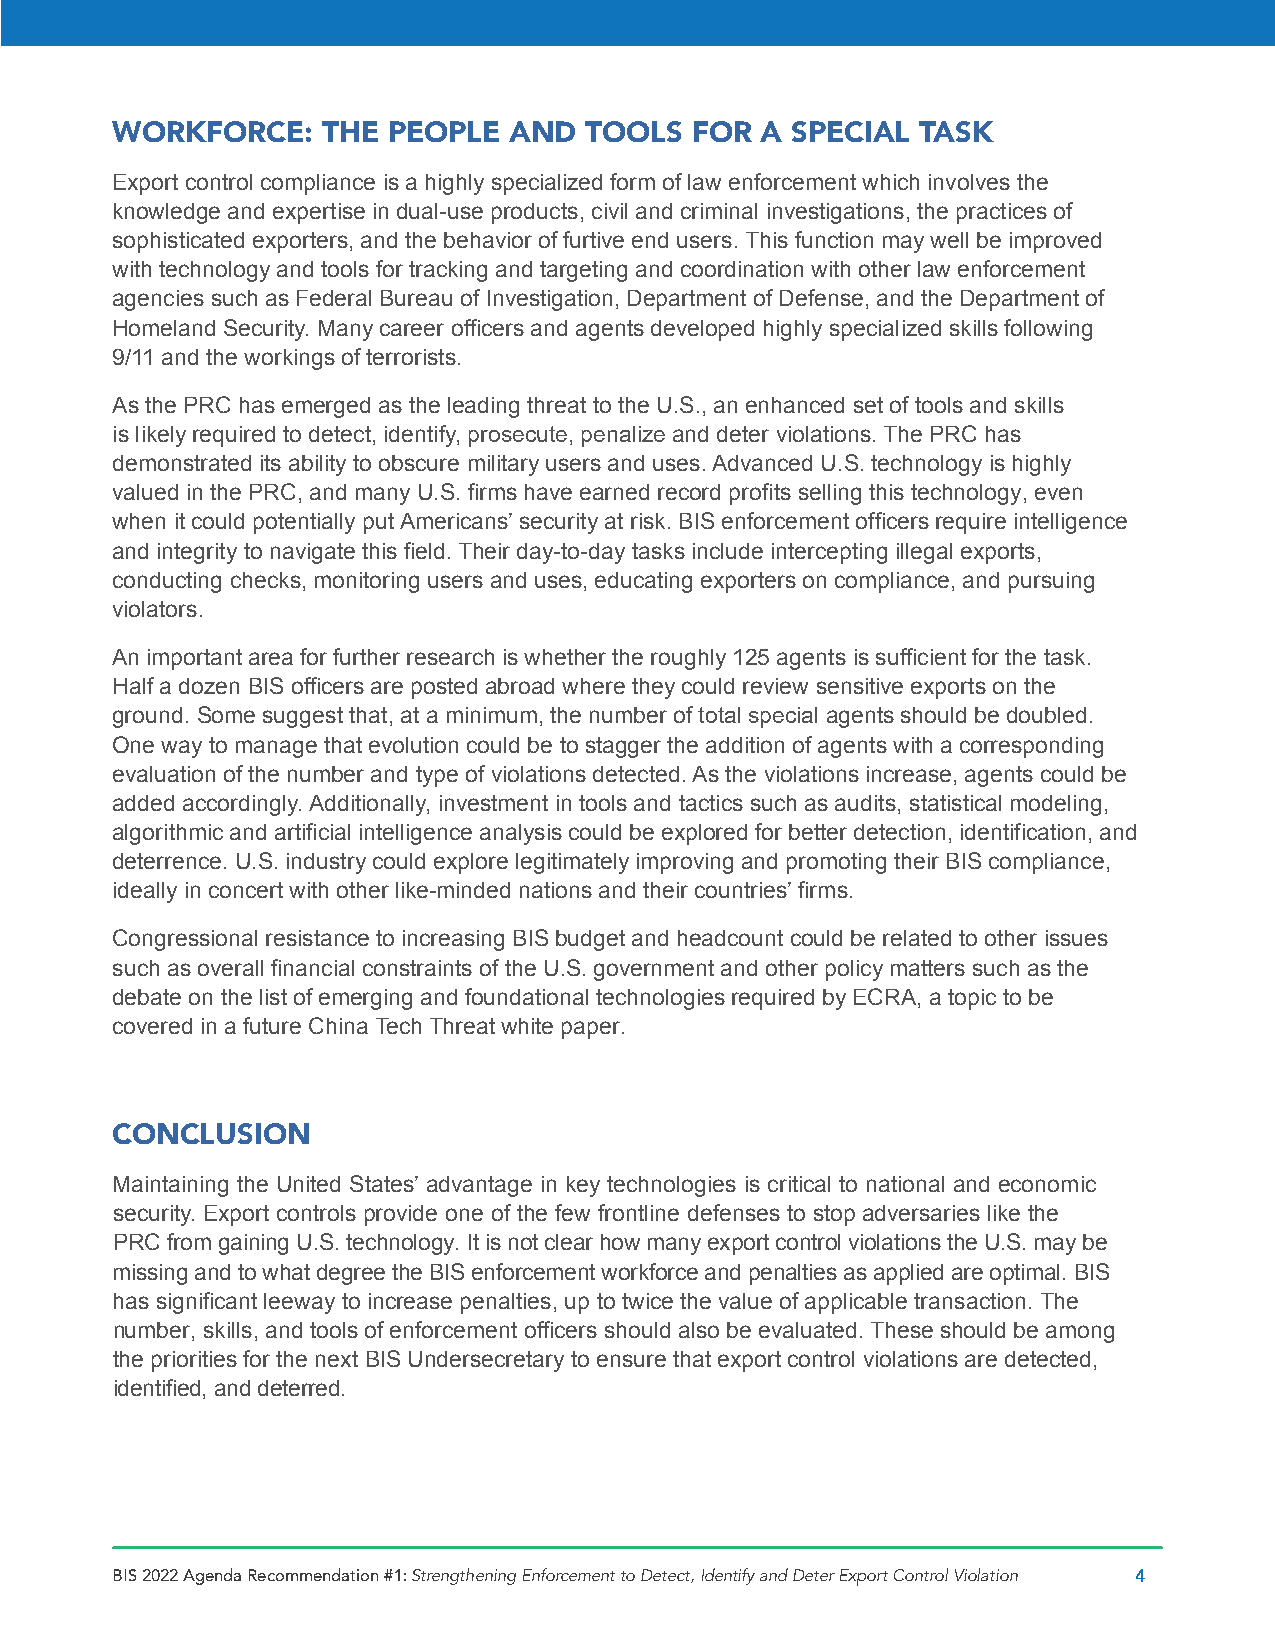
WORKFORCE:    THE  PEOPLE  AND  TOOLS  FOR A SPECIAL  TASK
 Export control compliance is a highly specialized form of law enforcement which involves the
 knowledge and expertise in dual-use products, civil and criminal investigations, the practices of
 sophisticated exporters, and the behavior of furtive end users. This function may well be improved
 with technology and tools for tracking and targeting and coordination with other law enforcement
 agencies such as Federal Bureau of Investigation, Department of Defense, and the Department of
 Homeland Security. Many career officers and agents developed highly specialized skills following
 9/11 and the workings of terrorists.
 As the PRC has emerged as the leading threat to the U.S., an enhanced set of tools and skills
 is likely required to detect, identify, prosecute, penalize and deter violations. The PRC has
 demonstrated its ability to obscure military users and uses. Advanced U.S. technology is highly
 valued in the PRC, and many U.S. firms have earned record profits selling this technology, even
 when it could potentially put Americans’ security at risk. BIS enforcement officers require intelligence
 and integrity to navigate this field. Their day-to-day tasks include intercepting illegal exports,
 conducting checks, monitoring users and uses, educating exporters on compliance, and pursuing
 violators.
 An important area for further research is whether the roughly 125 agents is sufficient for the task.
 Half a dozen BIS officers are posted abroad where they could review sensitive exports on the
 ground. Some suggest that, at a minimum, the number of total special agents should be doubled.
 One way to manage that evolution could be to stagger the addition of agents with a corresponding
 evaluation of the number and type of violations detected. As the violations increase, agents could be
 added accordingly. Additionally, investment in tools and tactics such as audits, statistical modeling,
 algorithmic and artificial intelligence analysis could be explored for better detection, identification, and
 deterrence. U.S. industry could explore legitimately improving and promoting their BIS compliance,
 ideally in concert with other like-minded nations and their countries’ firms.
 Congressional resistance to increasing BIS budget and headcount could be related to other issues
 such as overall financial constraints of the U.S. government and other policy matters such as the
 debate on the list of emerging and foundational technologies required by ECRA, a topic to be
 covered in a future China Tech Threat white paper.
 CONCLUSION
 Maintaining the United States’ advantage in key technologies is critical to national and economic
 security. Export controls provide one of the few frontline defenses to stop adversaries like the
 PRC from gaining U.S. technology. It is not clear how many export control violations the U.S. may be
 missing and to what degree the BIS enforcement workforce and penalties as applied are optimal. BIS
 has significant leeway to increase penalties, up to twice the value of applicable transaction. The
 number, skills, and tools of enforcement officers should also be evaluated. These should be among
 the priorities for the next BIS Undersecretary to ensure that export control violations are detected,
 identified, and deterred.
 BIS 2022 Agenda Recommendation #1: Strengthening Enforcement to Detect, Identify and Deter Export Control Violation 4